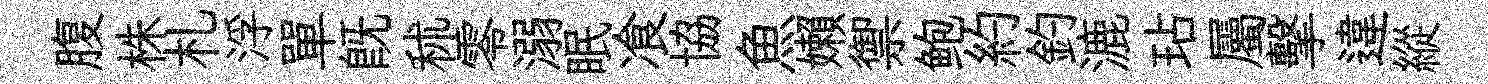
腹株札浮單旣秫零溺眠飡協魚嬾禦鲍約釣漉玷屬擊違縱